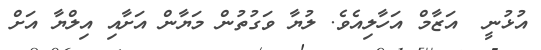
އުޅުނީ  އަޒާމް އަހާލިއެވެ. ލުޔާ ވަގުތުން މަޔާން އަށާއި އިލްޔާ އަށް